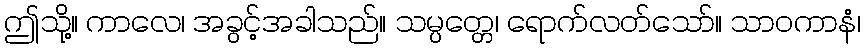
ဤသို့။ ကာလေ၊ အခွင့်အခါသည်။ သမ္ပတ္တေ၊ ရောက်လတ်သော်။ သာဝကာနံ၊